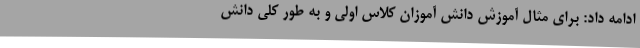
ادامه داد: برای مثال آموزش دانش آموزان کلاس اولی و به طور کلی دانش